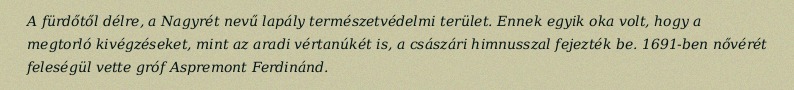
A fürdőtől délre, a Nagyrét nevű lapály természetvédelmi terület. Ennek egyik oka volt, hogy a megtorló kivégzéseket, mint az aradi vértanúkét is, a császári himnusszal fejezték be. 1691-ben nővérét feleségül vette gróf Aspremont Ferdinánd.